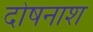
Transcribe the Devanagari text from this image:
दोषनाश